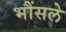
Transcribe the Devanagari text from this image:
भौंसले